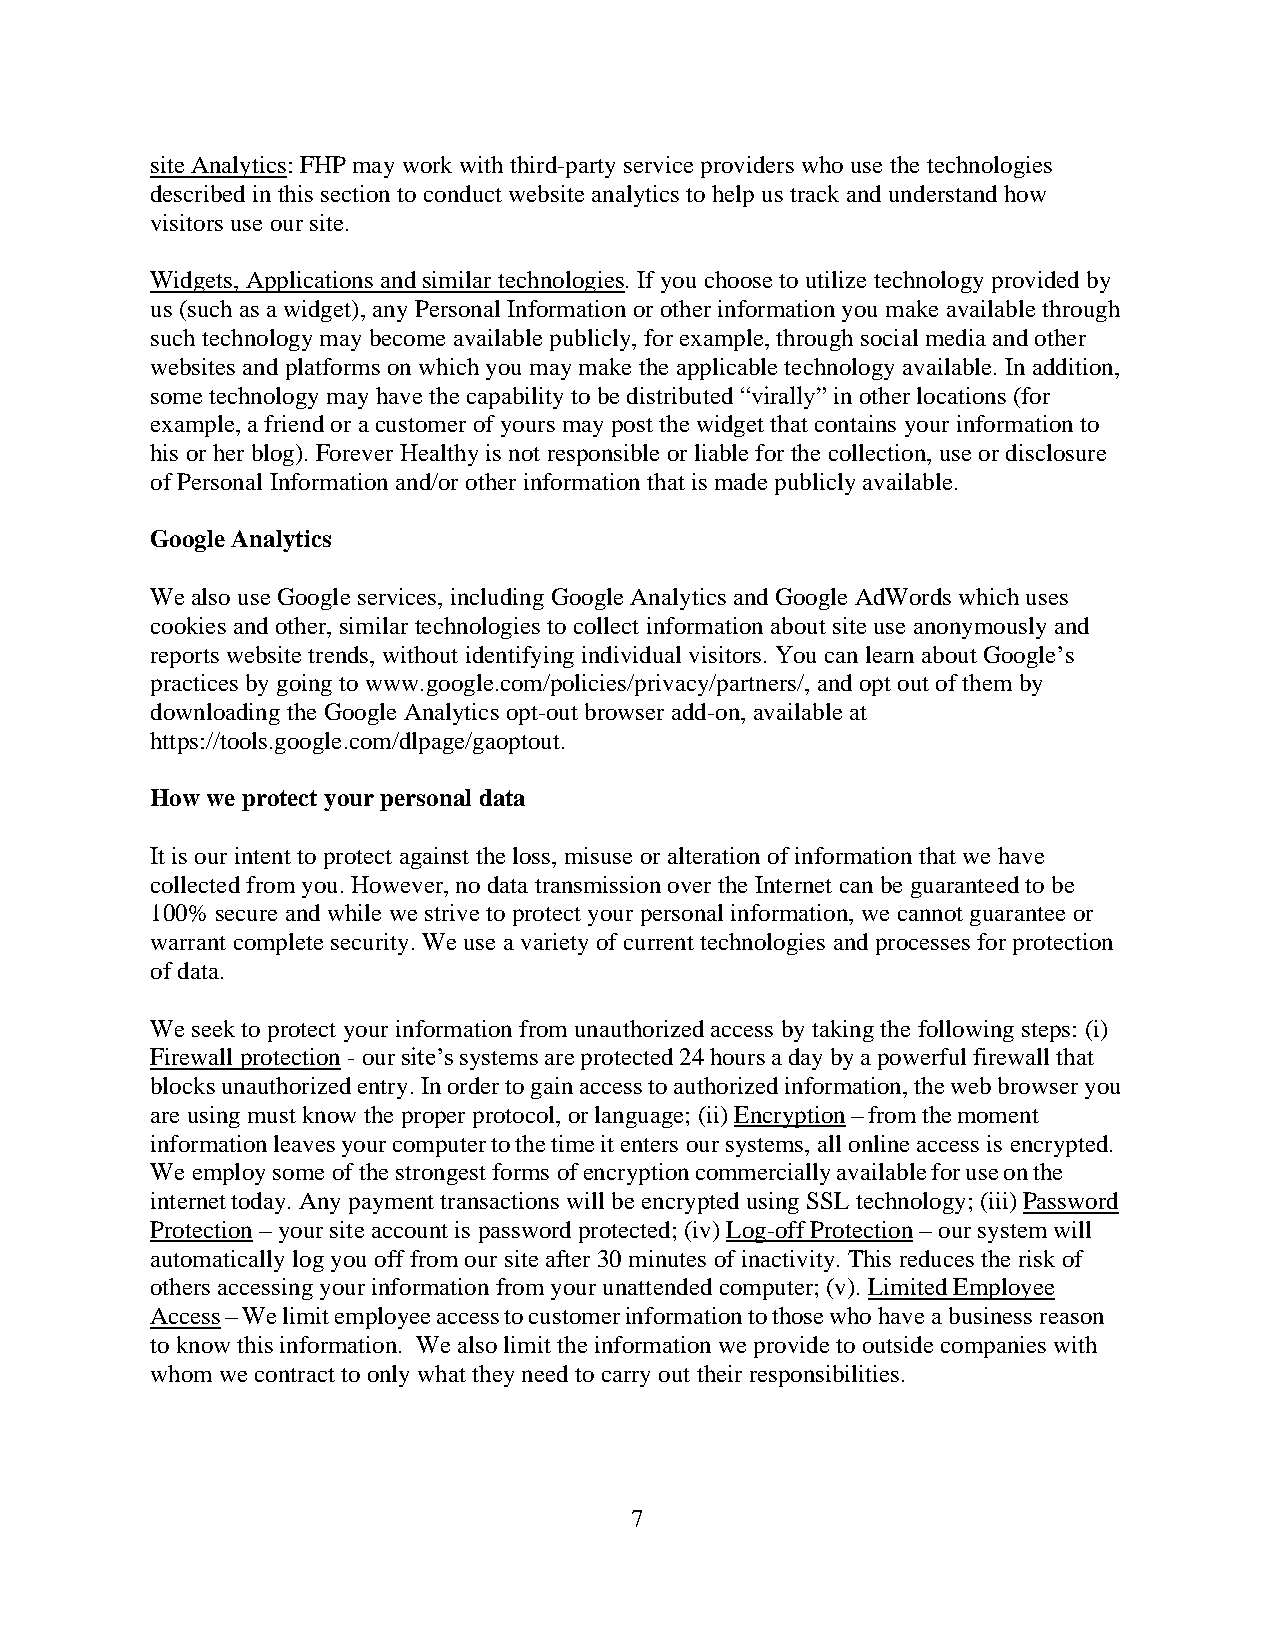
site Analytics: FHP may work with third-party service providers who use the technologies
 described in this section to conduct website analytics to help us track and understand how
 visitors use our site.
 Widgets, Applications and similar technologies. If you choose to utilize technology provided by
 us (such as a widget), any Personal Information or other information you make available through
 such technology may become available publicly, for example, through social media and other
 websites and platforms on which you may make the applicable technology available. In addition,
 some technology may have the capability to be distributed “virally” in other locations (for
 example, a friend or a customer of yours may post the widget that contains your information to
 his or her blog). Forever Healthy is not responsible or liable for the collection, use or disclosure
 of Personal Information and/or other information that is made publicly available.
 Google Analytics
 We also use Google services, including Google Analytics and Google AdWords which uses
 cookies and other, similar technologies to collect information about site use anonymously and
 reports website trends, without identifying individual visitors. You can learn about Google’s
 practices by going to www.google.com/policies/privacy/partners/, and opt out of them by
 downloading the Google Analytics opt-out browser add-on, available at
 https://tools.google.com/dlpage/gaoptout.
 How we protect your personal data
 It is our intent to protect against the loss, misuse or alteration of information that we have
 collected from you. However, no data transmission over the Internet can be guaranteed to be
 100% secure and while we strive to protect your personal information, we cannot guarantee or
 warrant complete security. We use a variety of current technologies and processes for protection
 of data.
 We seek to protect your information from unauthorized access by taking the following steps: (i)
 Firewall protection - our site’s systems are protected 24 hours a day by a powerful firewall that
 blocks unauthorized entry. In order to gain access to authorized information, the web browser you
 are using must know the proper protocol, or language; (ii) Encryption – from the moment
 information leaves your computer to the time it enters our systems, all online access is encrypted.
 We employ some of the strongest forms of encryption commercially available for use on the
 internet today. Any payment transactions will be encrypted using SSL technology; (iii) Password
 Protection – your site account is password protected; (iv) Log-off Protection – our system will
 automatically log you off from our site after 30 minutes of inactivity. This reduces the risk of
 others accessing your information from your unattended computer; (v). Limited Employee
 Access – We limit employee access to customer information to those who have a business reason
 to know this information. We also limit the information we provide to outside companies with
 whom we contract to only what they need to carry out their responsibilities.
 7